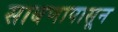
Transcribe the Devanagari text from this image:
साबणापासून